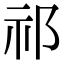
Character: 祁